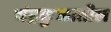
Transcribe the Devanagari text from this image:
चंद्रकुळातील